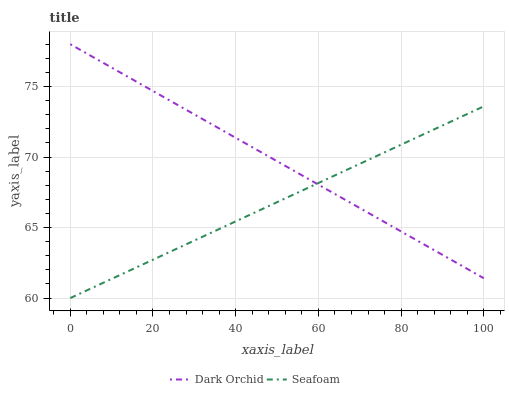
| xaxis_label | Dark Orchid | Seafoam |
 | --- | --- | --- |
 | 0 | 78 | 60 |
 | 7.69 | 76.7 | 61 |
 | 15.4 | 75.4 | 62.1 |
 | 23.1 | 74.2 | 63.1 |
 | 30.8 | 72.9 | 64.2 |
 | 38.5 | 71.6 | 65.2 |
 | 46.2 | 70.3 | 66.3 |
 | 53.8 | 69.1 | 67.3 |
 | 61.5 | 67.8 | 68.4 |
 | 69.2 | 66.5 | 69.4 |
 | 76.9 | 65.2 | 70.5 |
 | 84.6 | 64 | 71.5 |
 | 92.3 | 62.7 | 72.5 |
 | 100 | 61.4 | 73.6 |